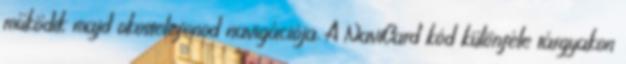
működik majd okostelefonod navigációja. A NaviCard kód különféle tárgyakon